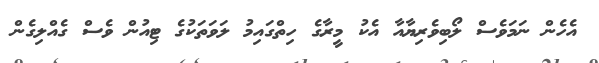
އެހެން ނަމަވެސް ލޯބިވެރިޔާއާ އެކު މީރާގެ ހިތްގައިމު ލަވަތަކުގެ ޓިއުން ވެސް ގެއްލިގެން